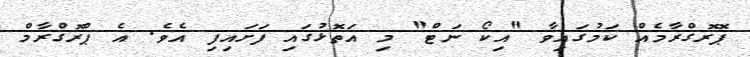
ޕޮރޮގްރާމެއް ކަމުގައިވާ "އިކޯ ނަޓް" މި އަތޮޅުގައި ފަށައިފި އެވެ. އެ ޕްރޮގްރާމް